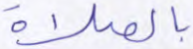
بالصلاة